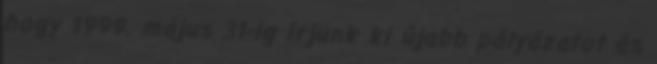
hogy 1999. május 31-ig írjunk ki újabb pályázatot és